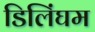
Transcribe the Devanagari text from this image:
डिलिंघम